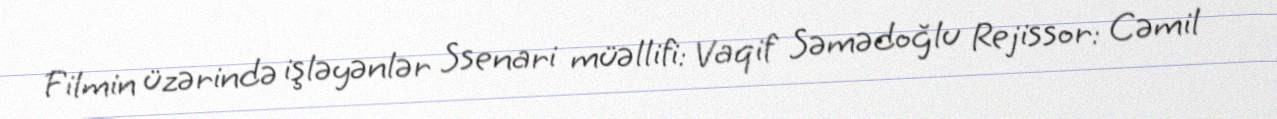
Filmin üzərində işləyənlər Ssenari müəllifi: Vaqif Səmədoğlu Rejissor: Cəmil